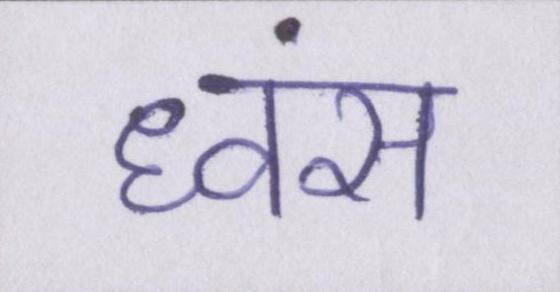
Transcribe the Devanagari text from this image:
ध्वंस